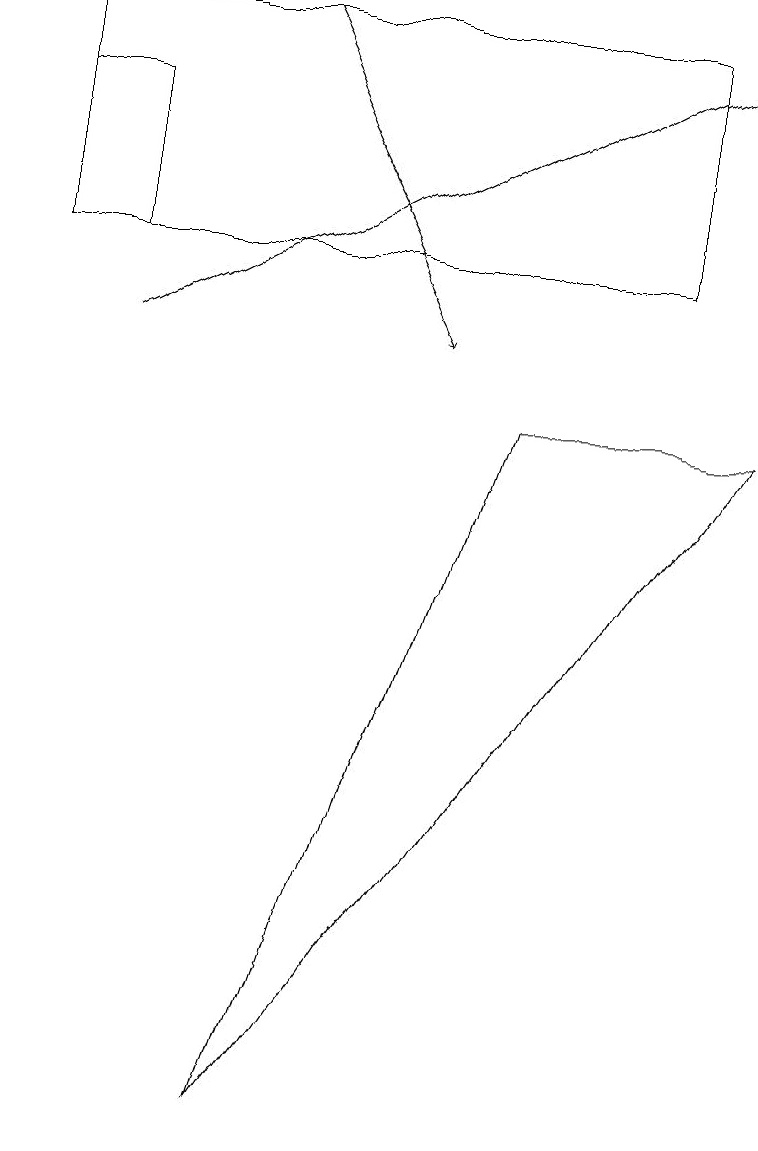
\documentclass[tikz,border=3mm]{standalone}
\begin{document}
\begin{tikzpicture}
\draw[->] (3,14) -- (5,10);
\draw (1,11) rectangle (0,13);
\draw (6,9) -- (9,9) -- (3,0) -- cycle;
\draw[->] (1,10) -- (9,14);
\draw (8,11) rectangle (0,14);
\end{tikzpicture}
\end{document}